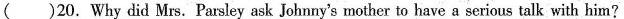
()20.Why did Mrs. Parsley ask Johnny's mother to have a serious talk with him?